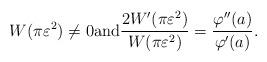
LaTeX: \begin{align*}W(\pi \varepsilon^2) \neq 0 \mbox{\rm and} \frac{2 W'(\pi \varepsilon^2)}{W(\pi \varepsilon^2)} = \frac{\varphi''(a)}{\varphi'(a)}.\end{align*}